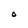
Character: O